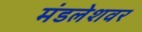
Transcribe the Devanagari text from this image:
मंडलेशवर